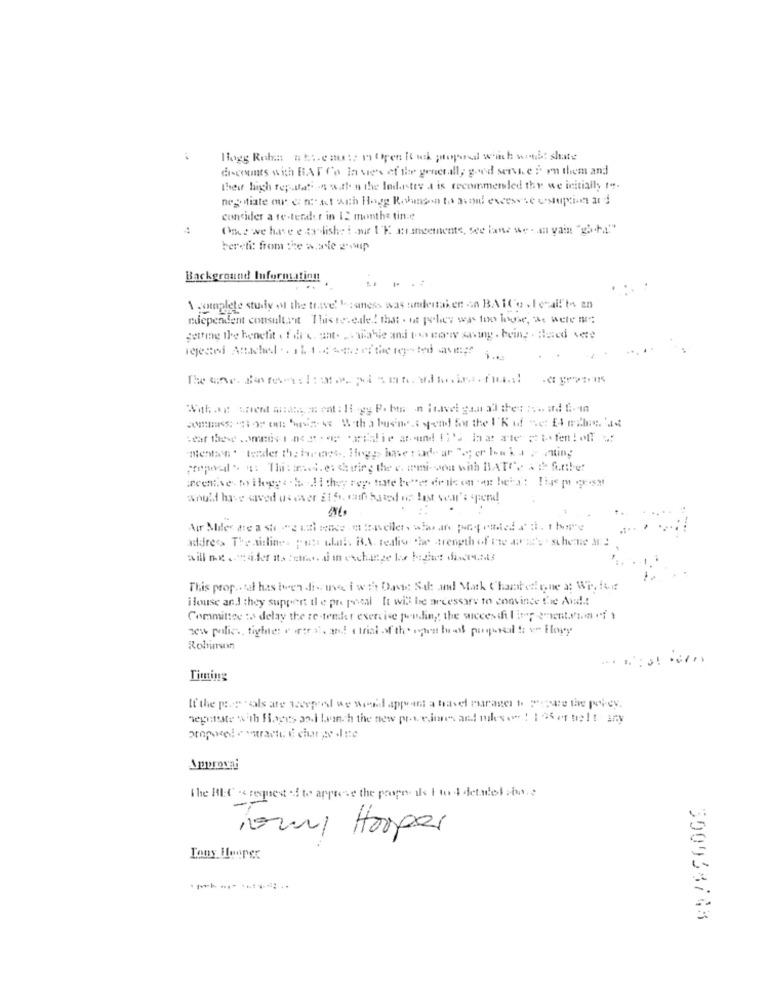
discounts with BAT Co In vie's of the generall, goed servie 5 on them and
Thed high feratati 's within the Indastev a is recommended the we initially t".
consider a te-terdler in 12 monthe tine
Once we have established r \'F. mangements, see lanz we . an yain "gh-+4"
bereti: from the whale 2"wip
Background Information
.. ..
A complete study of the travel Issaness was undertaken an BALCo .Ietall'to an
ndependent consultant Thisis ede! the . it peber was too louse, a. were me
setting the benefit ( f dic. at. .. wahle and to cony sning. being . dieed vere
rejected Attached .. 11. 1 .4 44.2 ef the reported avm !!!
prepodle: Thisisa. e. thuring the e. mmi- von with BATCe & d finthe:
would have saved us over 215, math based os last ver's spend
addres> The airline. pete what. BA realis the strength of me anne's . scheine an!
will needfor ato bethe d in exchange he beghet distants
This proposal has been discause i wah Dave Sal and Mask Chant cione at Wirfur
House and they suppent tl e pre pemal It will be arcessars to convince the And .!
Committee :> delay the re-tender exercise puding the wiccesdi ling enient.mon of t
zes polics, tiyle: e irte st, and! ( trial of the open tuel proposal !i ve Hlory
Timing
If the prep " als ate weepod we weid apprent a havel Puraser to prepare the pol-ev.
hepatite with Haces aodi tvinch the new proceduresand miles owe ! Formelt any
proposed contracto d char pe dine
The REC . senest +4 to approve the prope. ils Ito 4 detales son .;
Komi Horper
Tony Hooper
300938743